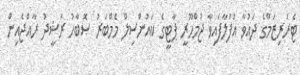
ޓެރަރިޒަމްގެ ދައުވާ އުފުލާފައިވާ ޖުމްހޫރީ ޕާޓީގެ ކައުންސިލް މެމްބަރު ޞޮބާހު ރަޝީދު ރާއްޖެއިން